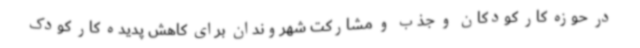
در حوزه کار کودکان و جذب و مشارکت شهروندان برای کاهش پدیده کار کودک